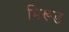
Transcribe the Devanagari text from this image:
भिरूड